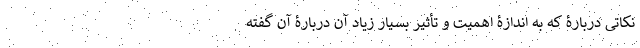
نکاتی دربارۀ که به اندازۀ اهمیت و تأثیر بسیار زیاد آن دربارۀ آن گفته